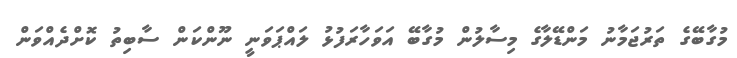
މުގާބޭގެ ތަރުޖަމާނު މަންޑޭލާގެ މިސާލުން މުގާބޭ އަވަހާރަފުޅު ލައްޕަވަނީ ނޫންކަން ސާބިތު ކޮށްދެއްވަން